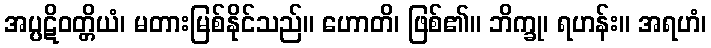
အပ္ပဋိဝတ္တိယံ၊ မတားမြစ်နိုင်သည်။ ဟောတိ၊ ဖြစ်၏။ ဘိက္ခု၊ ရဟန်း။ အရဟံ၊